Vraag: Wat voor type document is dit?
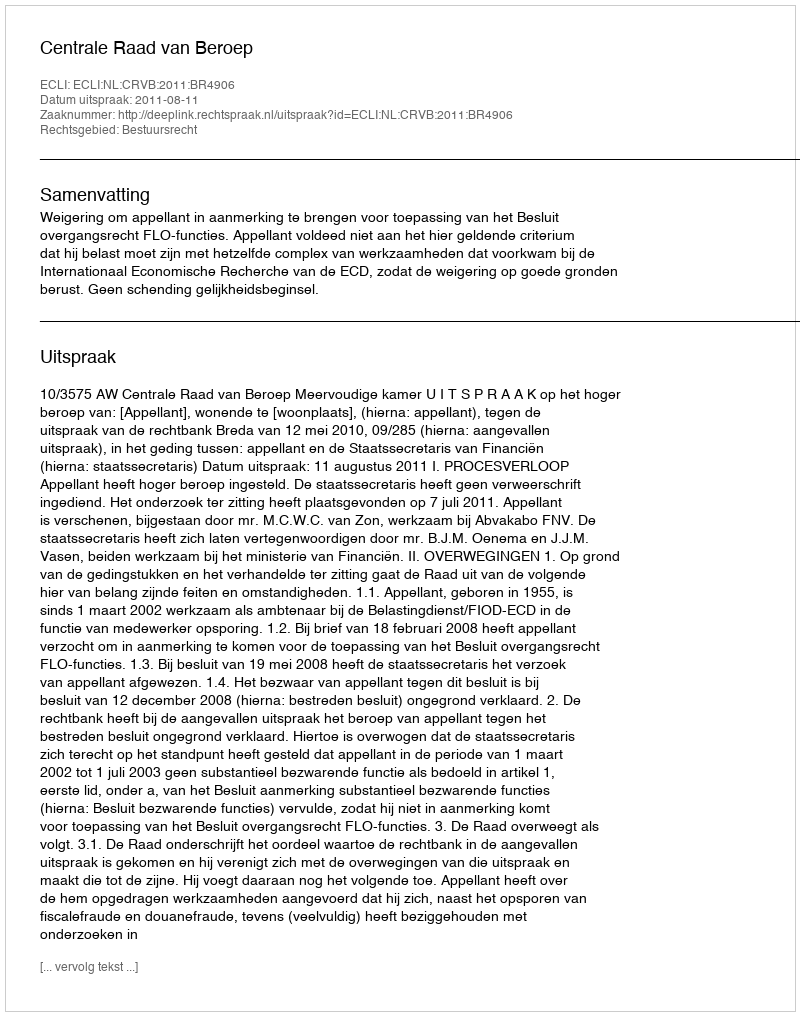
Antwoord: Uitspraak